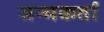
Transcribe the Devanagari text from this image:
जन्मकर्ता